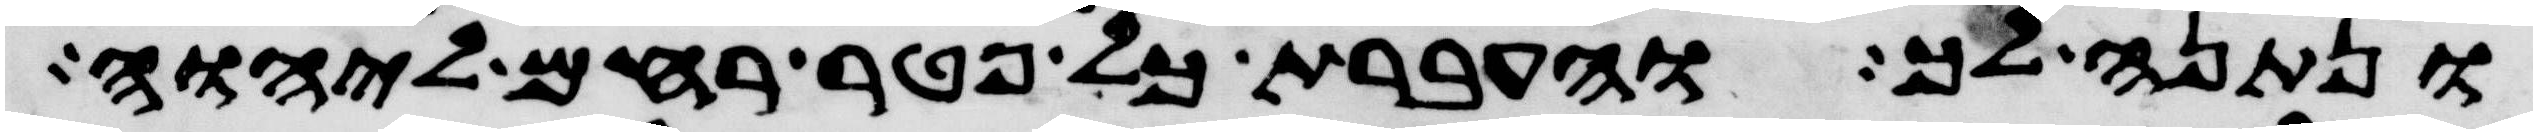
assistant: ונתנה לך והעברת כל פטר רחם ליהוה